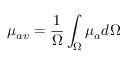
\mu _ { a v } = \frac { 1 } { \Omega } \int _ { \Omega } \mu _ { a } d \Omega